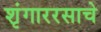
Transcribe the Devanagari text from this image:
शृंगाररसाचे